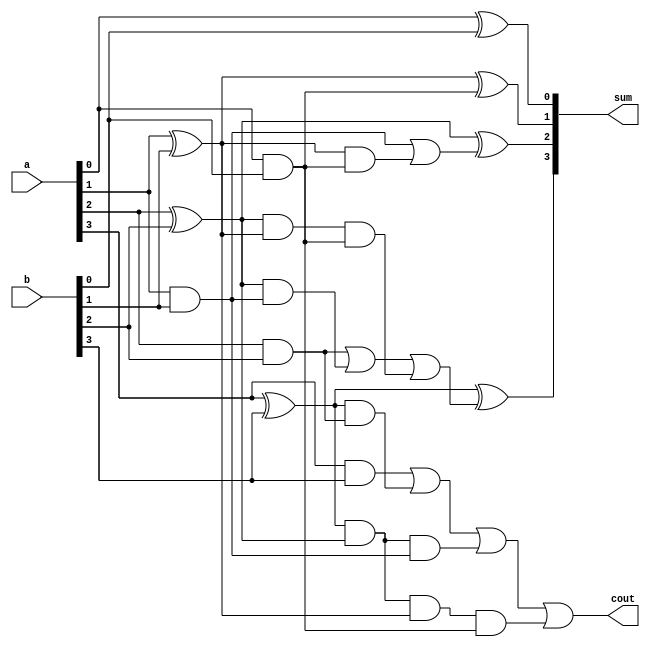
module cla (output [3:0]sum,output cout, input [3:0]a,b);

wire [3:0]g,p,c;

assign g[0]=a[0]&b[0];
assign g[1]=a[1]&b[1];
assign g[2]=a[2]&b[2];
assign g[3]=a[3]&b[3];
assign p[0]=a[0]^b[0];
assign p[1]=a[1]^b[1];
assign p[2]=a[2]^b[2];
assign p[3]=a[3]^b[3];
//assign c[0]=cin;
assign c[1]=g[0];//|(p[0]&c[0]);
assign c[2]=g[1]|(p[1]&g[0]);//|(p[1]&p[0]&c[0]);
assign c[3]=g[2]|(p[2]&g[1])|(p[2]&p[1]&g[0]);//|(p[2]&p[1]&p[0]&c[0]);
assign cout=g[3]|(p[3]&g[2])|(p[3]&p[2]&g[1])|(p[3]&p[2]&p[1]&g[0]);//|(p[3]&p[2]&p[1]&p[0]&c[0]);
assign sum[0]=p[0];//^c[0];
assign sum[1]=p[1]^c[1];
assign sum[2]=p[2]^c[2];
assign sum[3]=p[3]^c[3];

endmodule